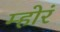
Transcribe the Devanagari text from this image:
म्होरं